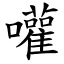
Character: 嚾